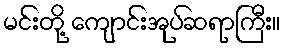
မင်းတို့ ကျောင်းအုပ်ဆရာကြီး။